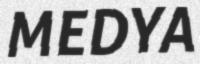
MEDYA